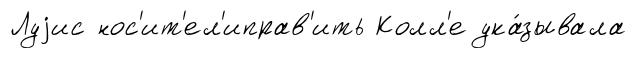
Луjис нос'ит'ел'иправ'ить Колл'е ука́зывала